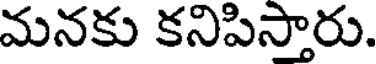
మనకు కనిపిస్తారు.